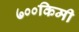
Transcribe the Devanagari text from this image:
७००किमी